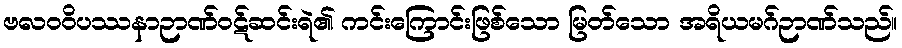
ဗလဝဝိပဿနာဉာဏ်ဝဋ်ဆင်းရဲ၏ ကင်းကြောင်းဖြစ်သော မြတ်သော အရိယမဂ်ဉာဏ်သည်။